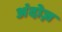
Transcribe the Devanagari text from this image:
अंदोज़